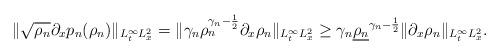
LaTeX: \begin{align*} \begin{aligned} \|\sqrt{\rho_{n}} \partial_{x}p_{n}(\rho_{n})\|_{L^{\infty}_{t}L^{2}_{x}} = \| \gamma_{n} \rho_{n}^{\gamma_{n}-\frac{1}{2}}\partial_{x} \rho_{n}\|_{L^{\infty}_{t}L^{2}_{x}} \ge \gamma_{n} \underline{\rho_{n}}^{\gamma_{n}-\frac{1}{2}}\|\partial_{x}\rho_{n}\|_{L^{\infty}_{t}L^{2}_{x}}. \end{aligned} \end{align*}